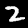
Digit: 2